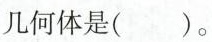
几何体是()。